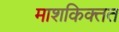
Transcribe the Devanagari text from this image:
माशकिक्तत